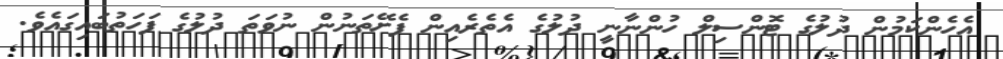
އެހެންކަމުން ދުލުގެ ޓޮންސިލް ހުންނާނީ ދުލުގެ އެތެރެއިން ފެށޭތަނުން ނުވަތަ ދުލުގެ ފަހަތުބައިގައެވެ.